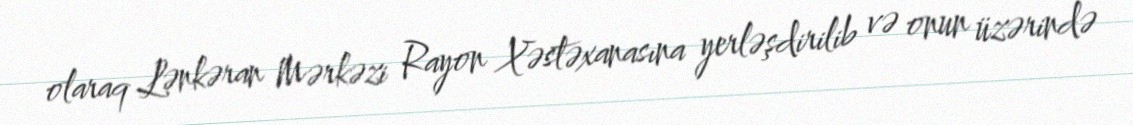
olaraq Lənkəran Mərkəzi Rayon Xəstəxanasına yerləşdirilib və onun üzərində